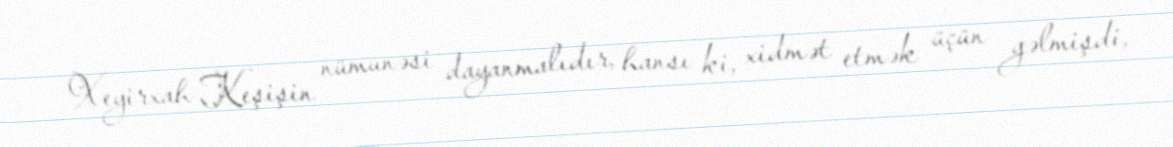
Xeyirxah Keşişin nümunəsi dayanmalıdır, hansı ki, xidmət etmək üçün gəlmişdi,